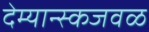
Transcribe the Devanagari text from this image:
देम्यान्स्कजवळ